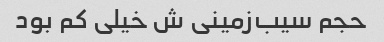
حجم سیب‌زمینی‌ ش خیلی کم بود